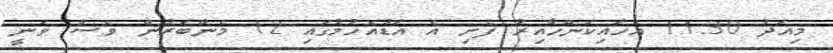
މިއަދު 11:30 އެހައިކަންހާއިރު ފެށި އެ އަޑުއެހުމުގައި 12 މެންބަރުން ވެސް ވަނީ